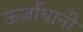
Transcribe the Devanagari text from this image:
ऊर्जाधानी